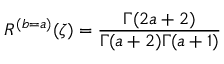
{ \cal R } ^ { ( b = a ) } ( \zeta ) = \frac { \Gamma ( 2 a + 2 ) } { \Gamma ( a + 2 ) \Gamma ( a + 1 ) }